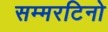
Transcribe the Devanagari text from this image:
सम्मरटिनो